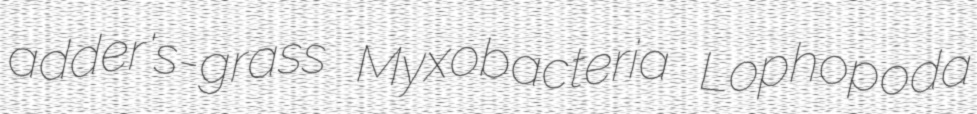
adder's-grass Myxobacteria Lophopoda